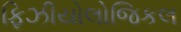
ફિઝીયોલોજિકલ